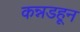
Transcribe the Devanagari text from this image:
कन्नडहून